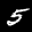
Label: 5